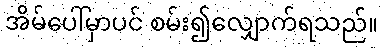
အိမ်ပေါ်မှာပင် စမ်း၍လျှောက်ရသည်။